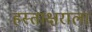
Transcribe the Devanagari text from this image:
हस्ताक्षराला